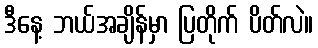
ဒီနေ့ ဘယ်အချိန်မှာ ပြတိုက် ပိတ်လဲ။